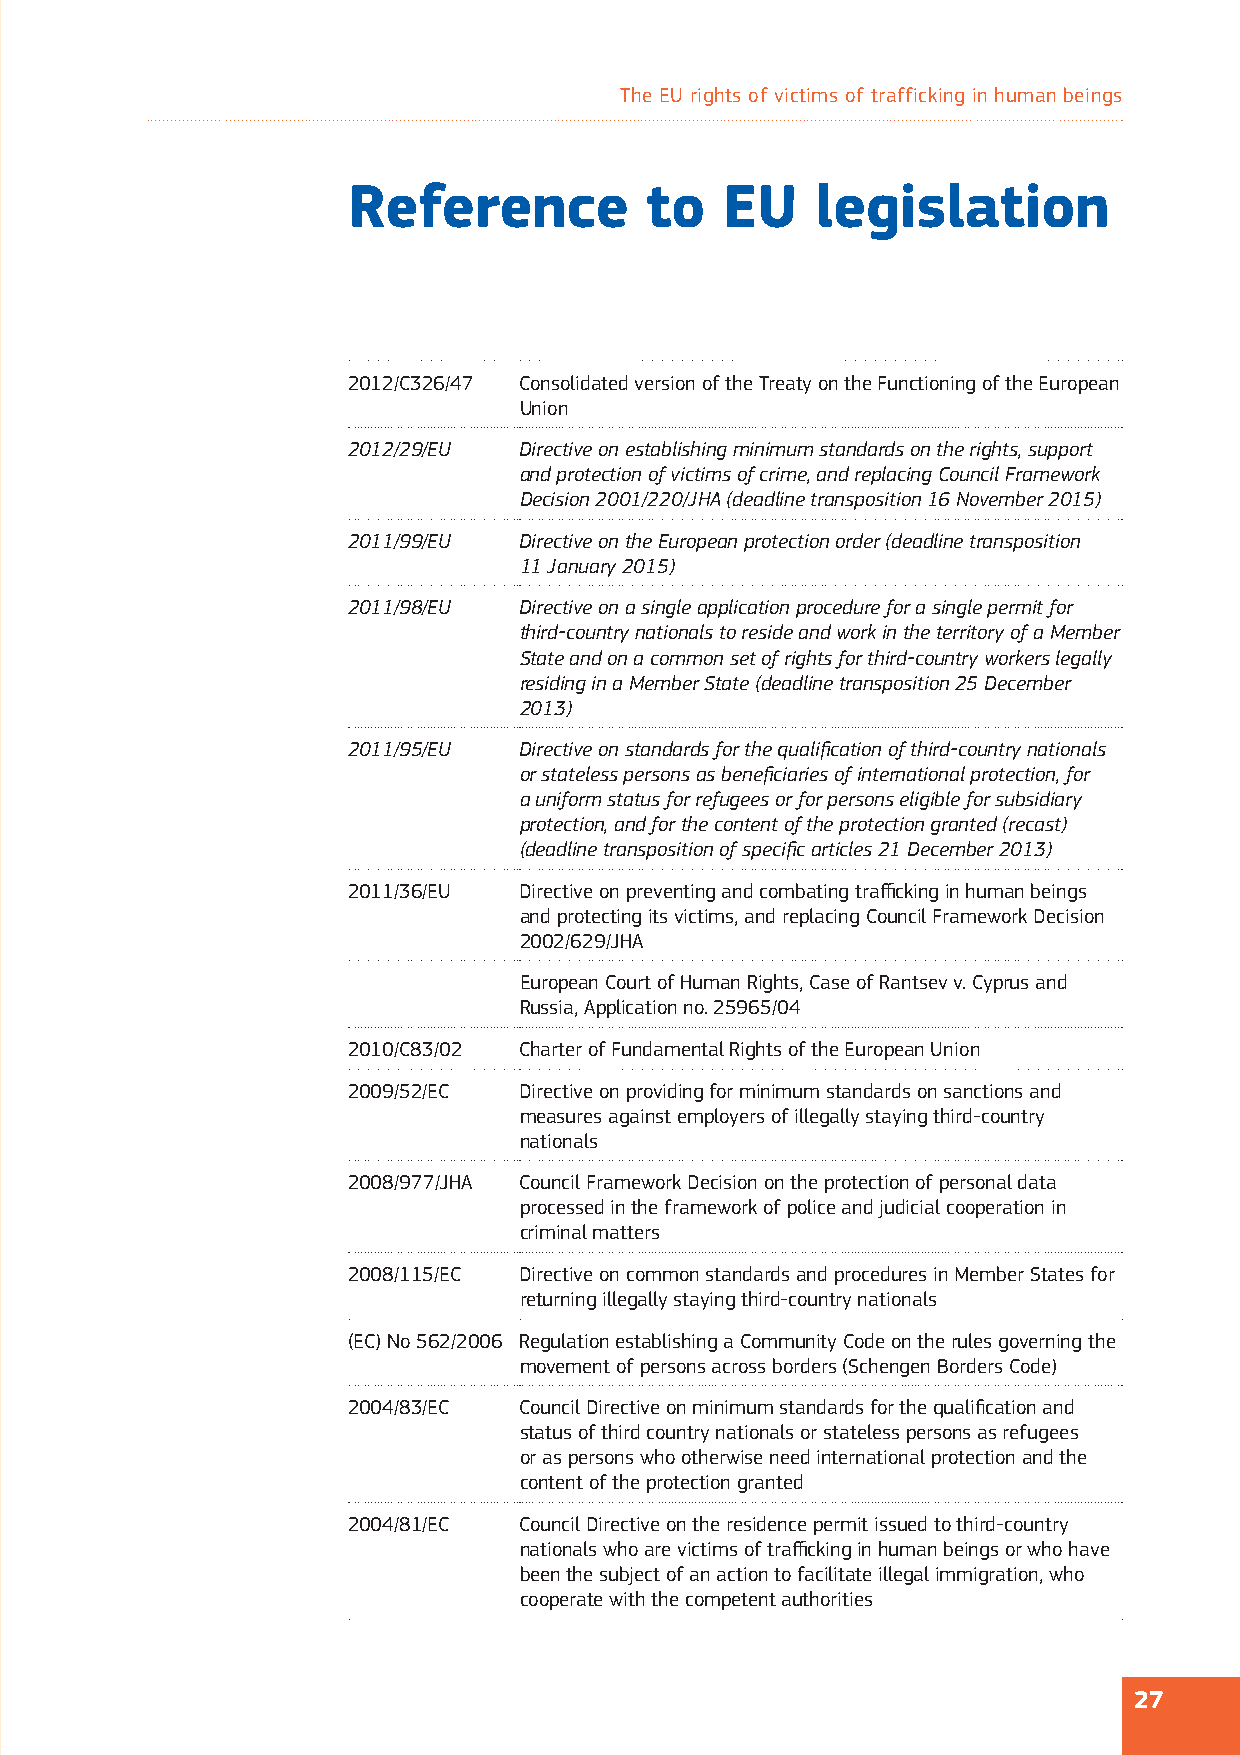
The EU rights of victims of trafficking in human beings
 Reference           to   EU    legislation
 2012/C326/47 Consolidated version of the Treaty on the Functioning of the European
 Union
 2012/29/EU Directive on establishing minimum standards on the rights, support
 and protection of victims of crime, and replacing Council Framework
 Decision 2001/220/JHA (deadline transposition 16 November 2015)
 2011/99/EU Directive on the European protection order (deadline transposition
 11 January 2015)
 2011/98/EU Directive on a single application procedure for a single permit for
 third-country nationals to reside and work in the territory of a Member
 State and on a common set of rights for third-country workers legally
 residing in a Member State (deadline transposition 25 December
 2013)
 2011/95/EU Directive on standards for the qualifi cation of third-country nationals
 or stateless persons as benefi ciaries of international protection, for
 a uniform status for refugees or for persons eligible for subsidiary
 protection, and for the content of the protection granted (recast)
 (deadline transposition of specifi c articles 21 December 2013)
 2011/36/EU Directive on preventing and combating traffi cking in human beings
 and protecting its victims, and replacing Council Framework Decision
 2002/629/JHA
 European Court of Human Rights, Case of Rantsev v. Cyprus and
 Russia, Application no. 25965/04
 2010/C83/02 Charter of Fundamental Rights of the European Union
 2009/52/EC Directive on providing for minimum standards on sanctions and
 measures against employers of illegally staying third-country
 nationals
 2008/977/JHA Council Framework Decision on the protection of personal data
 processed in the framework of police and judicial cooperation in
 criminal matters
 2008/115/EC Directive on common standards and procedures in Member States for
 returning illegally staying third-country nationals
 (EC) No 562/2006 Regulation establishing a Community Code on the rules governing the
 movement of persons across borders (Schengen Borders Code)
 2004/83/EC Council Directive on minimum standards for the qualifi cation and
 status of third country nationals or stateless persons as refugees
 or as persons who otherwise need international protection and the
 content of the protection granted
 2004/81/EC Council Directive on the residence permit issued to third-country
 nationals who are victims of traffi cking in human beings or who have
 been the subject of an action to facilitate illegal immigration, who
 cooperate with the competent authorities
 27